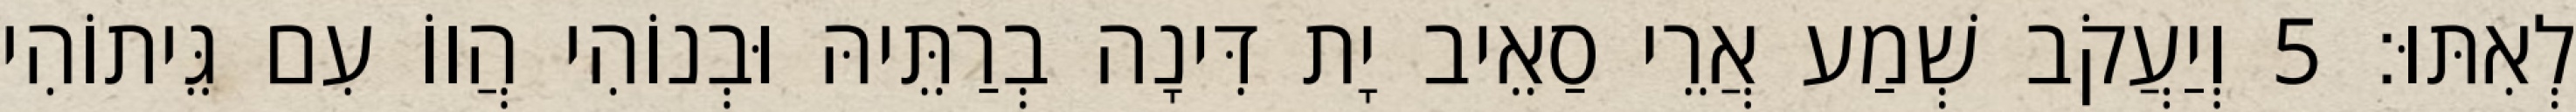
לְאִתּוּ׃ 5 וְיַעֲקֹב שְׁמַע אֲרֵי סַאֵיב יָת דִּינָה בְרַתֵּיהּ וּבְנוֹהִי הֲווֹ עִם גֵּיתוֹהִי